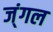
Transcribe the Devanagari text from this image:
ज्ंगल